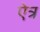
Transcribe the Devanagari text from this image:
ऐत्र